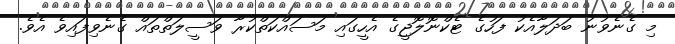
މި ގެނެވުނު ބަދަލާއެކު ފަހުގެ ޓެކްނޮލޮޖީގެ އެހީގައި މަސައްކަތްކުރާ ވަސީލަތްތައް ގެނެވިފައިވެ އެވެ.